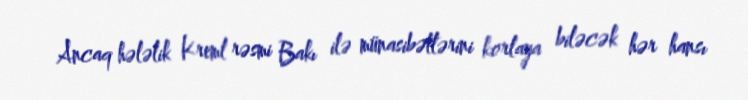
Ancaq hələlik Kreml rəsmi Bakı ilə münasibətlərini korlaya biləcək hər hansı